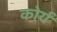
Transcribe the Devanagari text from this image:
कोर्य